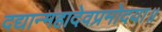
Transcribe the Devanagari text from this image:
दद्यान्महादेवप्रमोदया॥